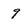
Character: 9